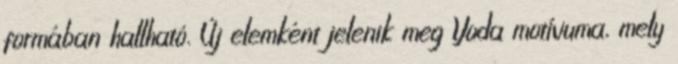
formában hallható. Új elemként jelenik meg Yoda motívuma, mely